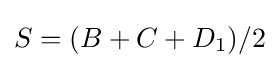
S=(B+C+D_{1})/2